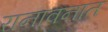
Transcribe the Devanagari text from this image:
रानावनात